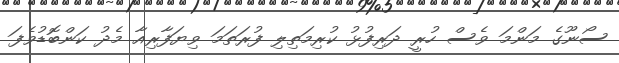
ސޯނޫގެ މަންމަ ވެސް ހުރީ ދަރިފުޅު ކުރިމަތިލި ފުރަތަމަ ވިޔަފާރިއާ މެދު ކަންބޮޑުވެފަ